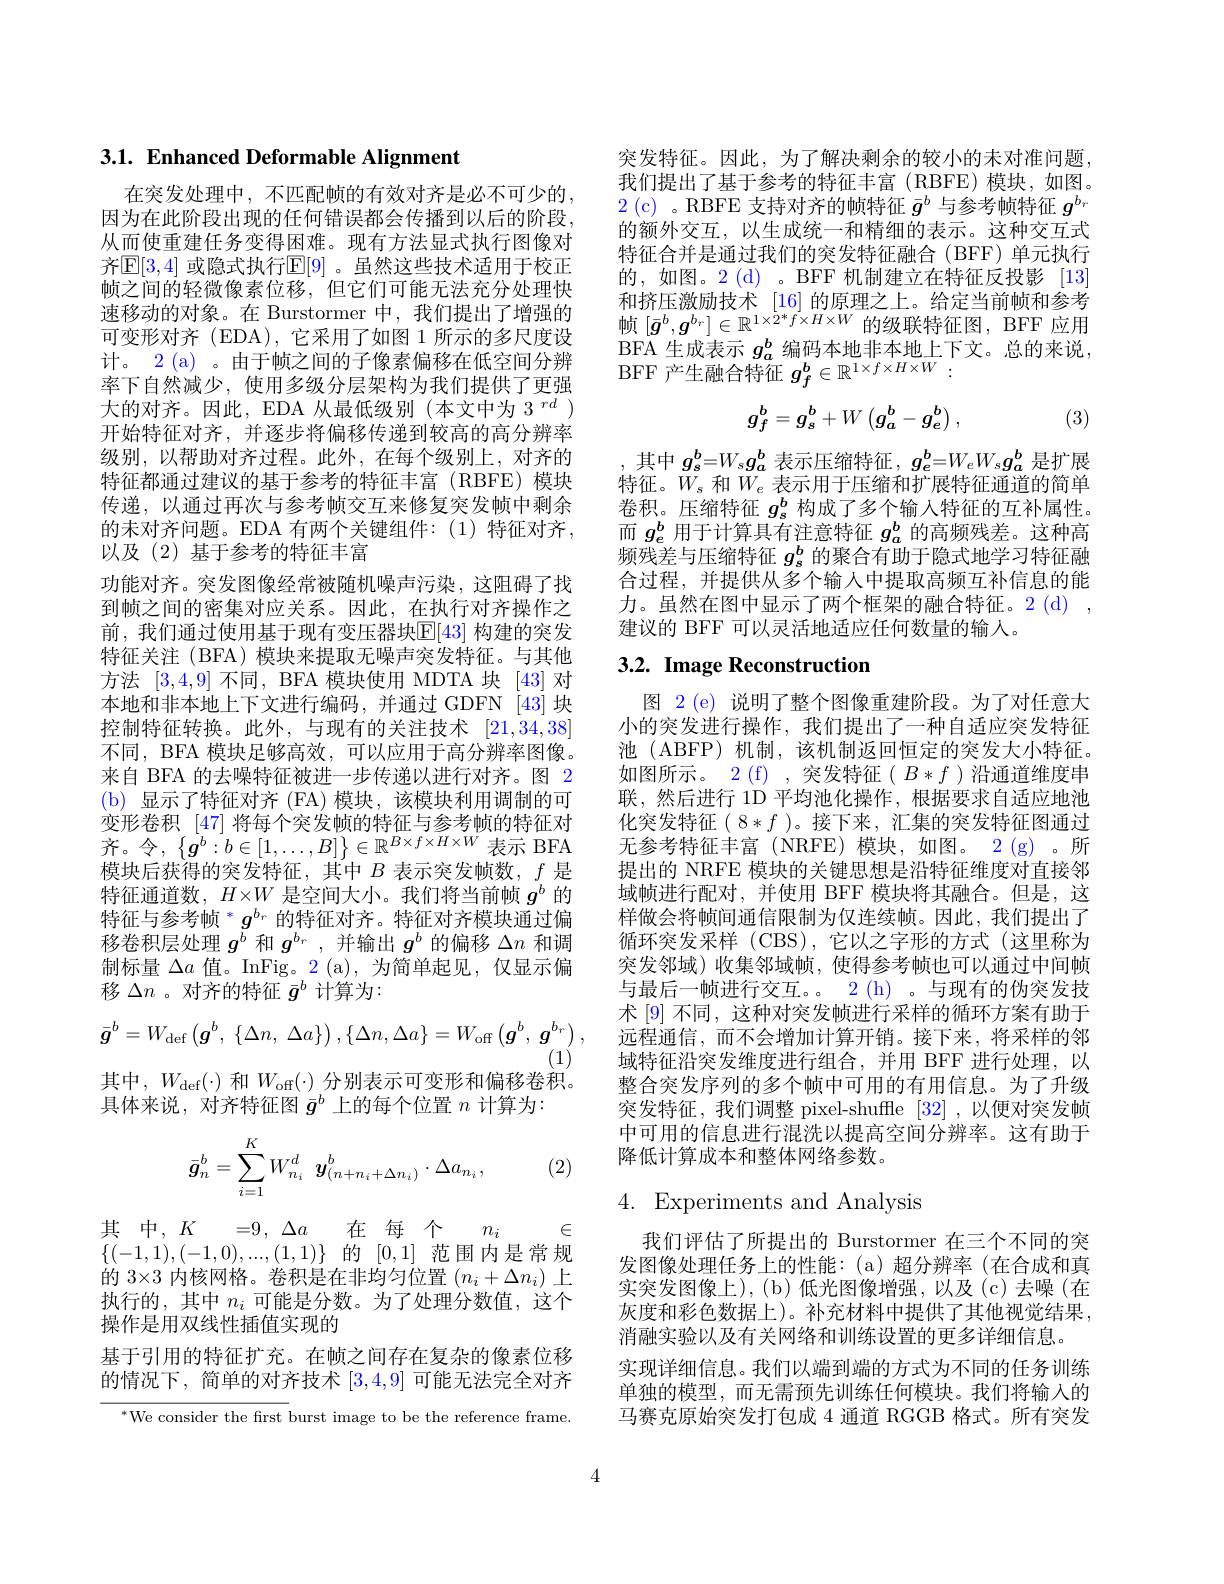
## 3.1. Enhanced Deformable Alignment

在突发处理中，不匹配帧的有效对齐是必不可少的， 因为在此阶段出现的任何错误都会传播到以后的阶段， 从而使重建任务变得困难。现有方法显式执行图像对齐$\mathbb{E}[3,4]$ 或隐式执行$\mathbb{E}[9]$ 。虽然这些技术适用于校正帧之间的轻微像素位移，但它们可能无法充分处理快速移动的对象。在 Burstormer 中，我们提出了增强的可变形对齐 (EDA),它采用了如图 1 所示的多尺度设计。2(a) 。由于帧之间的子像素偏移在低空间分辨率下自然减少，使用多级分层架构为我们提供了更强大的对齐。因此，EDA 从最低级别(本文中为$3^{rd})$ 开始特征对齐，并逐步将偏移传递到较高的高分辨率级别，以帮助对齐过程。此外，在每个级别上，对齐的特征都通过建议的基于参考的特征丰富(RBFE)模块传递，以通过再次与参考帧交互来修复突发帧中剩余的未对齐问题。EDA 有两个关键组件：(1)特征对齐， 以及(2)基于参考的特征丰富
功能对齐。突发图像经常被随机噪声污染，这阻碍了找到帧之间的密集对应关系。因此，在执行对齐操作之前，我们通过使用基于现有变压器块$\mathbb{E}[\color{red}{43}]$ 构建的突发特征关注 (BFA) 模块来提取无噪声突发特征。与其他方法[3,4,9]不同，BFA 模块使用 MDTA 块 [43]对本地和非本地上下文进行编码，并通过 GDFN [43] 块控制特征转换。此外，与现有的关注技术[21,34,38] 不同，BFA 模块足够高效，可以应用于高分辨率图像。来自 BFA 的去噪特征被进一步传递以进行对齐。图 2 ( b) 显示了特征对齐 (FA) 模块，该模块利用调制的可变形卷积 [47] 将每个突发帧的特征与参考帧的特征对齐。令，$\left\{\boldsymbol{g}^b:b\in[1,\ldots,B]\right\}\in\mathbb{R}^{B\times f\times H\times W}$表示 BFA 模块后获得的突发特征，其中$B$表示突发帧数，$f$是特征通道数，$H\times W$是空间大小。我们将当前帧$g^{b}$的特征与参考帧$^*g^{b_r}$的特征对齐。特征对齐模块通过偏移卷积层处理$g^{\bar{b}}$和$g^{b_r}$ ,并输出$g^b$的偏移$\Delta n$和调制标量$\Delta a$值。InFig。2 (a),为简单起见，仅显示偏移$\Delta n$ 。对齐的特征$\bar{\boldsymbol{g}}^b$计算为：
$$\bar{\boldsymbol{g}}^{b}=W_{\mathrm{def}}\left(\boldsymbol{g}^{b},\:\{\Delta n,\:\Delta a\}\right),\{\Delta n,\Delta a\}=W_{\mathrm{off}}\left(\boldsymbol{g}^{b},\:\boldsymbol{g}^{b_{r}}\right),$$
(1)
其中，$W_{\mathrm{def}}(\cdot)$和$W_{\mathrm{off}}(\cdot)$分别表示可变形和偏移卷积。
具体来说，对齐特征图$\bar{g}^b$上的每个位置$n$计算为：

(2)
$$\bar{\boldsymbol{g}}_n^b=\sum_{i=1}^KW_{n_i}^d\:\boldsymbol{y}_{(n+n_i+\Delta n_i)}^b\cdot\Delta a_{n_i},$$
$n_i$
$\in$
其 中$,K=9,\Delta a$ 在 每 个
$\{(-1,1),(-1,0),...,(1,1)\}$的[0,1]范围内是常规的 3×3 内核网格。卷积是在非均匀位置$(n_i+\Delta n_i)$上执行的，其中$n_i$可能是分数。为了处理分数值，这个操作是用双线性插值实现的
基于引用的特征扩充。在帧之间存在复杂的像素位移的情况下，简单的对齐技术[3,4,9]可能无法完全对齐

$^{*}$We consider the frst burst image to be the reference frame.

突发特征。因此，为了解决剩余的较小的未对准问题， 我们提出了基于参考的特征丰富(RBFE)模块，如图。2 ( c) 。RBFE 支持对齐的帧特征$\bar{g}^b$与参考帧特征$g^b_r$ 的额外交互，以生成统一和精细的表示。这种交互式特征合并是通过我们的突发特征融合(BFF)单元执行的，如图。2(d)。BFF机制建立在特征反投影[13] 和挤压激励技术 [16]的原理之上。给定当前帧和参考BFA 生成表示$g_a^b$编码本地非本地上下文。总的来说， BFF 产生融合特征$g_f^b\in\mathbb{R}^{1\times f\times H\times W}:$
$$g_f^b=g_s^b+W\left(g_a^b-g_e^b\right),$$
(3)

其中$g_s^b=W_sg_a^b$表示压缩特征，$g_e^b=W_eW_sg_a^b$是扩展特征。$W_s$和$W_e$表示用于压缩和扩展特征通道的简单卷积。压缩特征$g_s^b$构成了多个输入特征的互补属性。而$g_e^b$用于计算具有注意特征$g_a^b$的高频残差。这种高频残差与压缩特征$g_\mathrm{s}^{b}$的聚合有助于隐式地学习特征融合过程，并提供从多个输入中提取高频互补信息的能力。虽然在图中显示了两个框架的融合特征。2(d) 建议的 BFF 可以灵活地适应任何数量的输入。

## 3.2. Image Reconstruction

图 2 (e) 说明了整个图像重建阶段。为了对任意大小的突发进行操作，我们提出了一种自适应突发特征池 (ABFP) 机制，该机制返回恒定的突发大小特征。如图所示。2(f) , 突发特征$(B*f)$沿通道维度串联，然后进行 1D 平均池化操作，根据要求自适应地池化突发特征(8*f)。接下来，汇集的突发特征图通过无参考特征丰富 (NRFE) 模块，如图。2(g) 。所提出的 NRFE 模块的关键思想是沿特征维度对直接邻域帧进行配对，并使用 BFF 模块将其融合。但是，这样做会将帧间通信限制为仅连续帧。因此，我们提出了循环突发采样 (CBS),它以之字形的方式(这里称为突发邻域)收集邻域帧，使得参考帧也可以通过中间帧与最后一帧进行交互。。2(h) 。与现有的伪突发技术[9] 不同，这种对突发帧进行采样的循环方案有助于远程通信，而不会增加计算开销。接下来，将采样的邻域特征沿突发维度进行组合，并用 BFF 进行处理，以整合突发序列的多个帧中可用的有用信息。为了升级突发特征，我们调整 pixel-shuffle [32] ,以便对突发帧中可用的信息进行混洗以提高空间分辨率。这有助于降低计算成本和整体网络参数。

# 4. Experiments and Analysis

我们评估了所提出的 Burstormer 在三个不同的突发图像处理任务上的性能：(a)超分辨率(在合成和真实突发图像上),(b)低光图像增强，以及(c)去噪(在灰度和彩色数据上)。补充材料中提供了其他视觉结果， 消融实验以及有关网络和训练设置的更多详细信息。
实现详细信息。我们以端到端的方式为不同的任务训练单独的模型，而无需预先训练任何模块。我们将输入的马赛克原始突发打包成 4 通道 RGGB 格式。所有突发

4